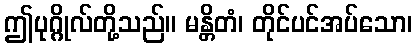
ဤပုဂ္ဂိုလ်တို့သည်။ မန္တိတံ၊ တိုင်ပင်အပ်သော၊